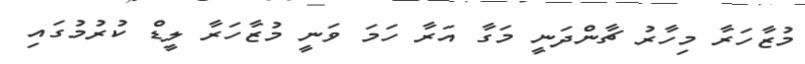
މުޒާހަރާ މިހާރު ޗާންދަނީ މަގާ އަރާ ހަމަ ވަނީ މުޒާހަރާ ލީޑް ކުރުމުގައި